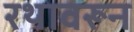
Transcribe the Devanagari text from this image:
रथावरून